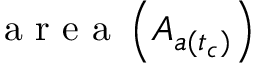
\mathrm { ~ a ~ r ~ e ~ a ~ } \left( A _ { a ( t _ { c } ) } \right)